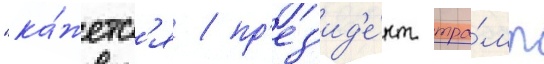
"ка́жетс'я / пр'ез'ид'е́нт тра́мп